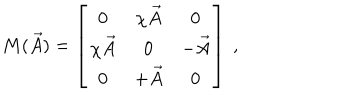
LaTeX: M ( \vec { A } ) = \left[ \begin{array} { c c c } { { 0 } } & { { \chi \vec { A } } } & { { 0 } } \\ { { \chi \vec { A } } } & { { 0 } } & { { - \vec { A } } } \\ { { 0 } } & { { + \vec { A } } } & { { 0 } } \\ \end{array} \right] \ ,